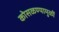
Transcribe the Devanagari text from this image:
कोसळण्यामुळीं